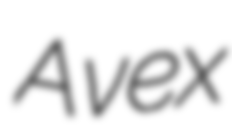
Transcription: Avex